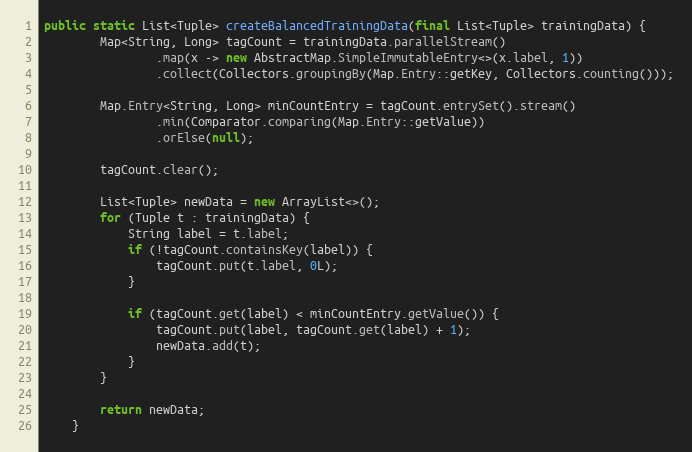
Language: Java
public static List<Tuple> createBalancedTrainingData(final List<Tuple> trainingData) {
        Map<String, Long> tagCount = trainingData.parallelStream()
                .map(x -> new AbstractMap.SimpleImmutableEntry<>(x.label, 1))
                .collect(Collectors.groupingBy(Map.Entry::getKey, Collectors.counting()));

        Map.Entry<String, Long> minCountEntry = tagCount.entrySet().stream()
                .min(Comparator.comparing(Map.Entry::getValue))
                .orElse(null);

        tagCount.clear();

        List<Tuple> newData = new ArrayList<>();
        for (Tuple t : trainingData) {
            String label = t.label;
            if (!tagCount.containsKey(label)) {
                tagCount.put(t.label, 0L);
            }

            if (tagCount.get(label) < minCountEntry.getValue()) {
                tagCount.put(label, tagCount.get(label) + 1);
                newData.add(t);
            }
        }

        return newData;
    }